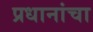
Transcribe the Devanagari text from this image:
प्रधानांचा